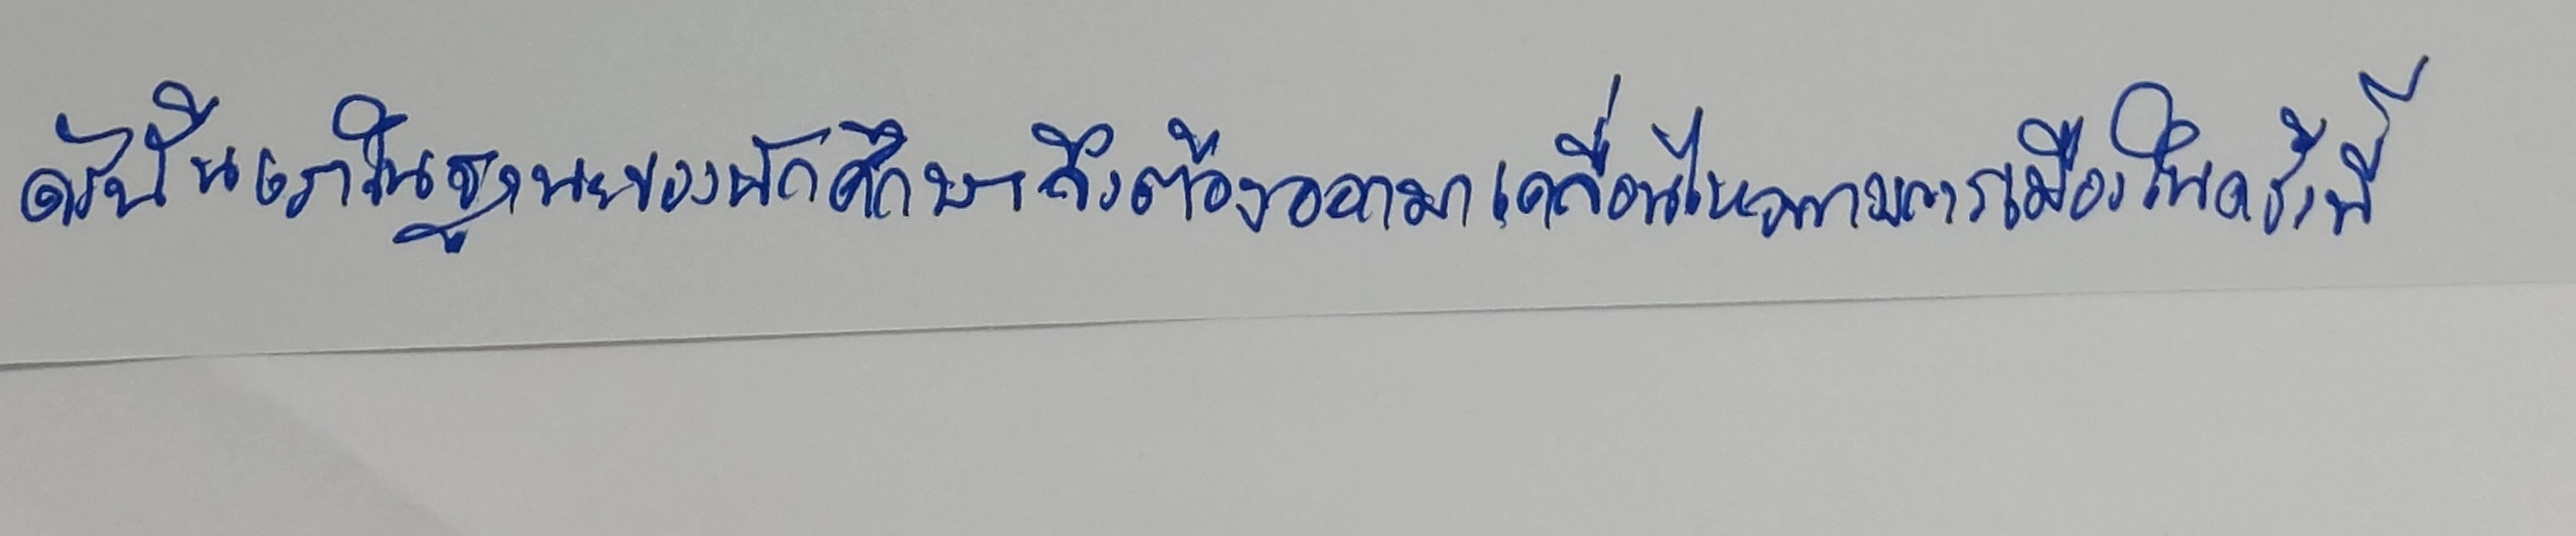
ดังนั้นเราในฐานะของนักศึกษาจึงต้องออกมาเคลื่อนไหวทางการเมืองในครั้งนี้